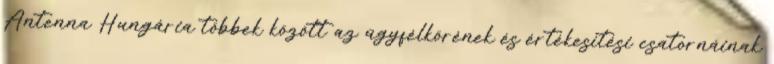
Antenna Hungária többek között az ügyfélkörének és értékesítési csatornáinak